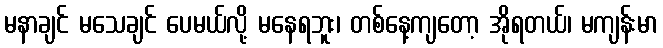
မနာချင် မသေချင် ပေမယ်လို့ မနေရဘူး၊ တစ်နေ့ကျတော့ အိုရတယ်၊ မကျန်းမာ